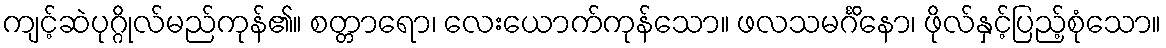
ကျင့်ဆဲပုဂ္ဂိုလ်မည်ကုန်၏။ စတ္တာရော၊ လေးယောက်ကုန်သော။ ဖလသမင်္ဂိနော၊ ဖိုလ်နှင့်ပြည့်စုံသော။